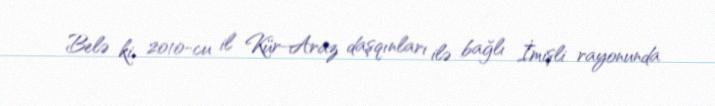
Belə ki, 2010-cu il Kür-Araz daşqınları ilə bağlı İmişli rayonunda